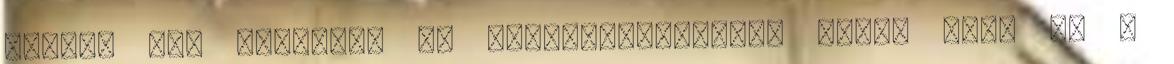
között élő embernek az érvényesüléséről szól. Ahol ez a